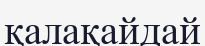
қалақайдай